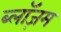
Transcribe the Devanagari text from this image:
ब्लॉज़म